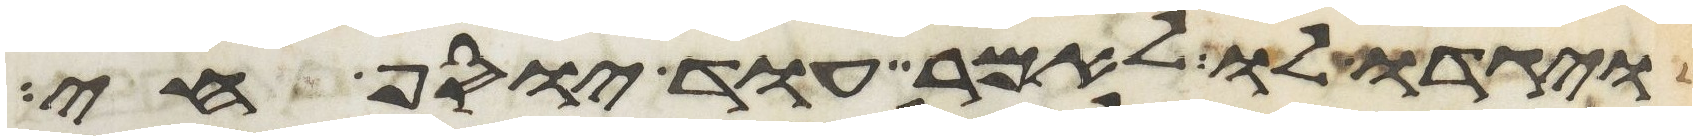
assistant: ויגדו לו לאמר עוד יוסף חי